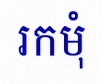
រកមុំ